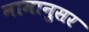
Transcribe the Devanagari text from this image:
नामानुसर